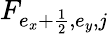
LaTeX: F_{{e_{x}+\frac{1}{2}},e_{y},j}